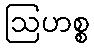
ဩဟစ္စ